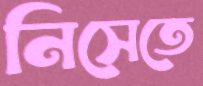
নিসেতে